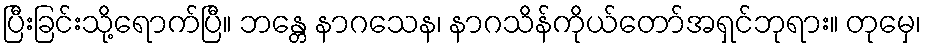
ပြီးခြင်းသို့ရောက်ပြီ။ ဘန္တေ နာဂသေန၊ နာဂသိန်ကိုယ်တော်အရှင်ဘုရား။ တုမှေ၊